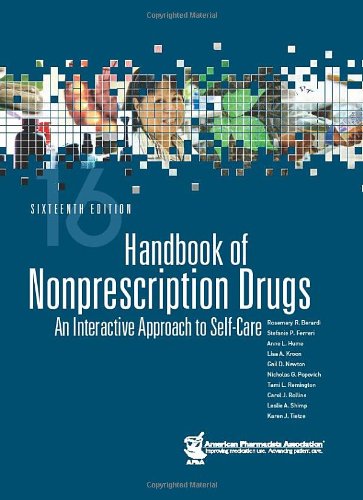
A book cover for Handbook of Nonprescription Drugs: An Interactive Approach to Self-Care; Rosemary R. Berardi; Medical Books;